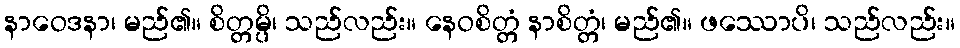
နာဝေဒနာ၊ မည်၏။ စိတ္တမ္ပိ၊ သည်လည်း။ နေဝစိတ္တံ နာစိတ္တံ၊ မည်၏။ ဖဿောပိ၊ သည်လည်း။